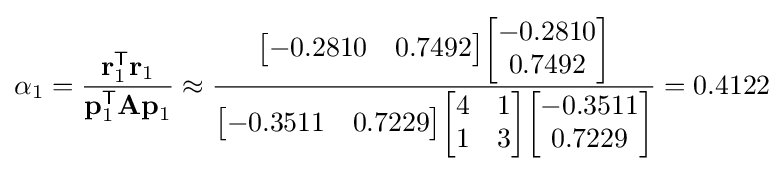
\alpha _{1}={\frac {\mathbf {r} _{1}^{\mathsf {T}}\mathbf {r} _{1}}{\mathbf {p} _{1}^{\mathsf {T}}\mathbf {Ap} _{1}}}\approx {\frac {{\begin{bmatrix}-0.2810&0.7492\end{bmatrix}}{\begin{bmatrix}-0.2810\\0.7492\end{bmatrix}}}{{\begin{bmatrix}-0.3511&0.7229\end{bmatrix}}{\begin{bmatrix}4&1\\1&3\end{bmatrix}}{\begin{bmatrix}-0.3511\\0.7229\end{bmatrix}}}}=0.4122